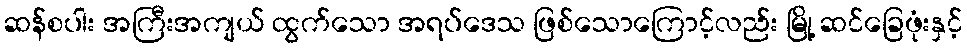
ဆန်စပါး အကြီးအကျယ် ထွက်သော အရပ်ဒေသ ဖြစ်သောကြောင့်လည်း မြို့ ဆင်ခြေဖုံးနှင့်